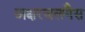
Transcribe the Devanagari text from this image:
अक्षरजलगैस